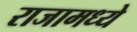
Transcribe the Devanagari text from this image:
राजामध्ये